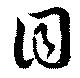
目